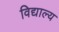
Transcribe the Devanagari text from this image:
विद्याल्य